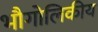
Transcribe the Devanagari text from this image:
भौगोलिकीय